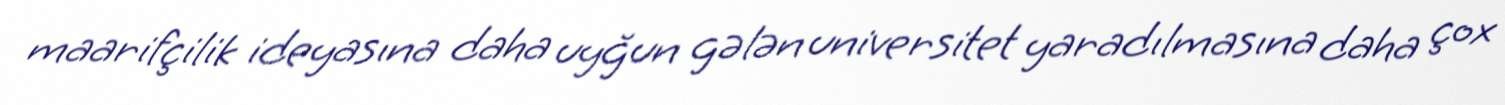
maarifçilik ideyasına daha uyğun gələn universitet yaradılmasına daha çox